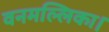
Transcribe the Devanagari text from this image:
वनमल्लिका।